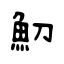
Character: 魛